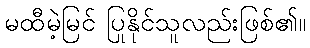
မထီမဲ့မြင် ပြုနိုင်သူလည်းဖြစ်၏။